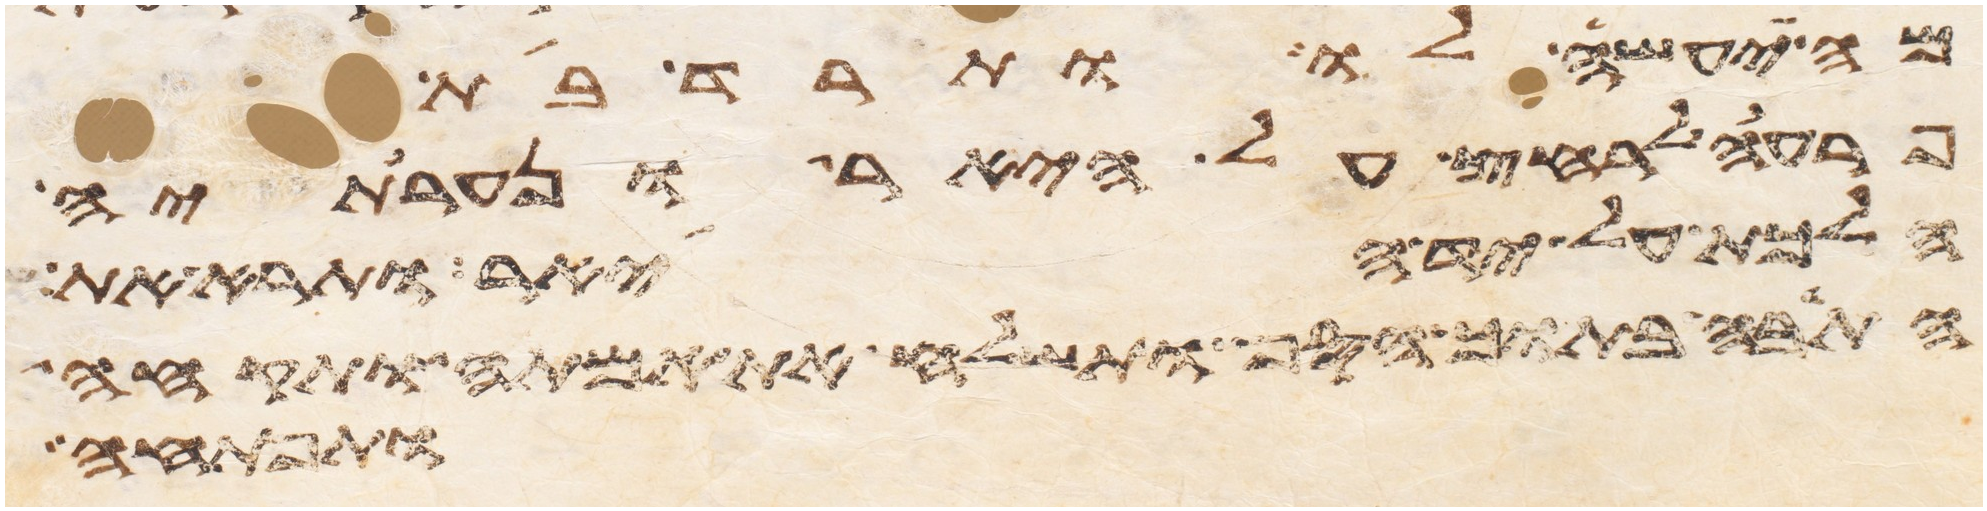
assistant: מה יעשה לו ותרד בת
פרעה לרחץ על היאר ונערתיה
הלכת על יד היאר ותרא את
התבה בתוך הסף ותשלח את אמתה ותקחה
ותפתחה